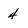
Character: 4